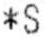
*S